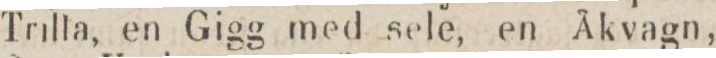
Trilla, en Gigg med sele, en Åkvagn,